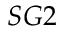
S G 2